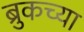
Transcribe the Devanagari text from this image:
ब्रुकच्या